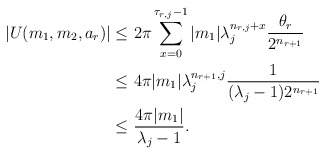
\begin{align*}\left|U(m_1,m_2, a_r) \right|\leq& \ 2\pi \sum_{x=0}^{\tau_{r,j}-1}|m_1| \lambda_j^{n_{r,j}+x} \frac{\theta_r}{2^{n_{r+1}}}\\\leq &\ 4\pi |m_1| \lambda_j^{n_{r+1},j} \frac{1}{(\lambda_j-1) 2^{n_{r+1}}}\\\leq &\ \frac{4\pi |m_1|}{\lambda_j-1}.\end{align*}